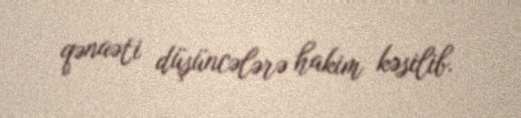
qənaəti düşüncələrə hakim kəsilib.